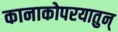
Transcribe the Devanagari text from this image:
कानाकोपरयातुन्